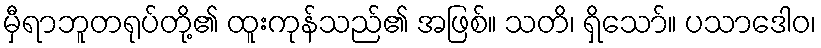
မှီရာဘူတရုပ်တို့၏ ထူးကုန်သည်၏ အဖြစ်။ သတိ၊ ရှိသော်။ ပသာဒေါဝ၊